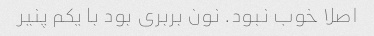
اصلا خوب نبود. نون بربری بود با یکم پنیر